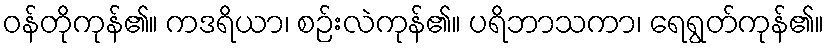
ဝန်တိုကုန်၏။ ကဒရိယာ၊ စဉ်းလဲကုန်၏။ ပရိဘာသကာ၊ ရေရွတ်ကုန်၏။